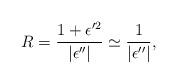
LaTeX: \begin{align*}R=\frac{1+\epsilon'^2}{|\epsilon''|}\simeq \frac{1}{|\epsilon''|},\end{align*}